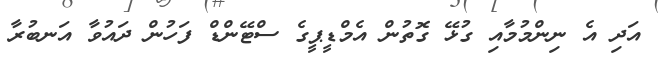
އަދި އެ ނިންމުމާއި ގުޅޭ ގޮތުން އެމްޑީޕީގެ ސްޓޭންޑް ފަހުން ދައުވާ އަނބުރާ